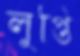
লুপ্তি